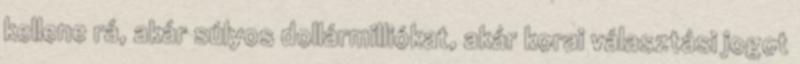
kellene rá, akár súlyos dollármilliókat, akár korai választási jogot